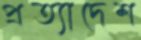
প্রত্যাদেশ